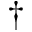
^ \dag